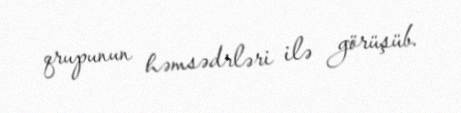
qrupunun həmsədrləri ilə görüşüb.